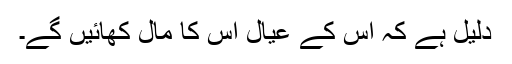
دلیل ہے کہ اس کے عیال اس کا مال کھائیں گے۔